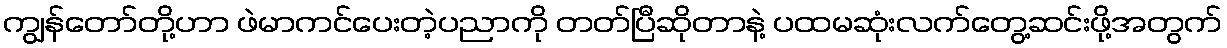
ကျွန်တော်တို့ဟာ ဖဲမာကင်ပေးတဲ့ပညာကို တတ်ပြီဆိုတာနဲ့ ပထမဆုံးလက်တွေ့ဆင်းဖို့အတွက်